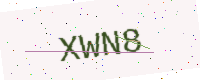
Text: XWN8